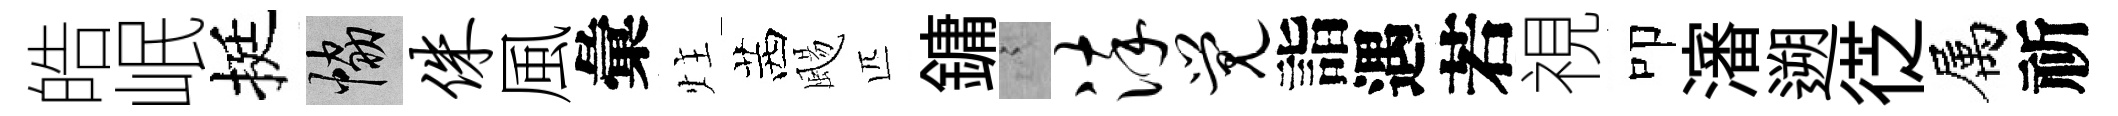
皓岷挺協侏風彙炷茜颺匹鏞謭淬觉詣遇若視叩瀋遡徔属祈